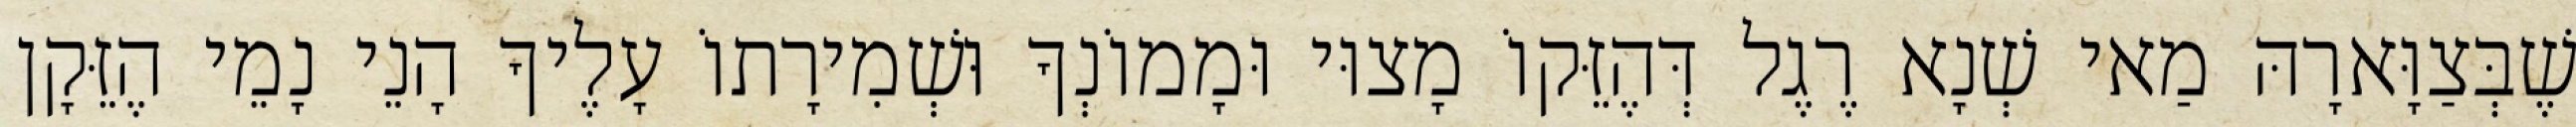
שֶׁבְּצַוָּארָהּ מַאי שְׁנָא רֶגֶל דְּהֶזֵּקוֹ מָצוּי וּמָמוֹנְךָ וּשְׁמִירָתוֹ עָלֶיךָ הָנֵי נָמֵי הֶזֵּקָן